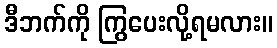
ဒီဘက်ကို ကြွပေးလို့ရမလား။